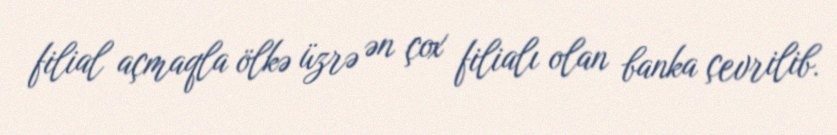
filial açmaqla ölkə üzrə ən çox filialı olan banka çevrilib.